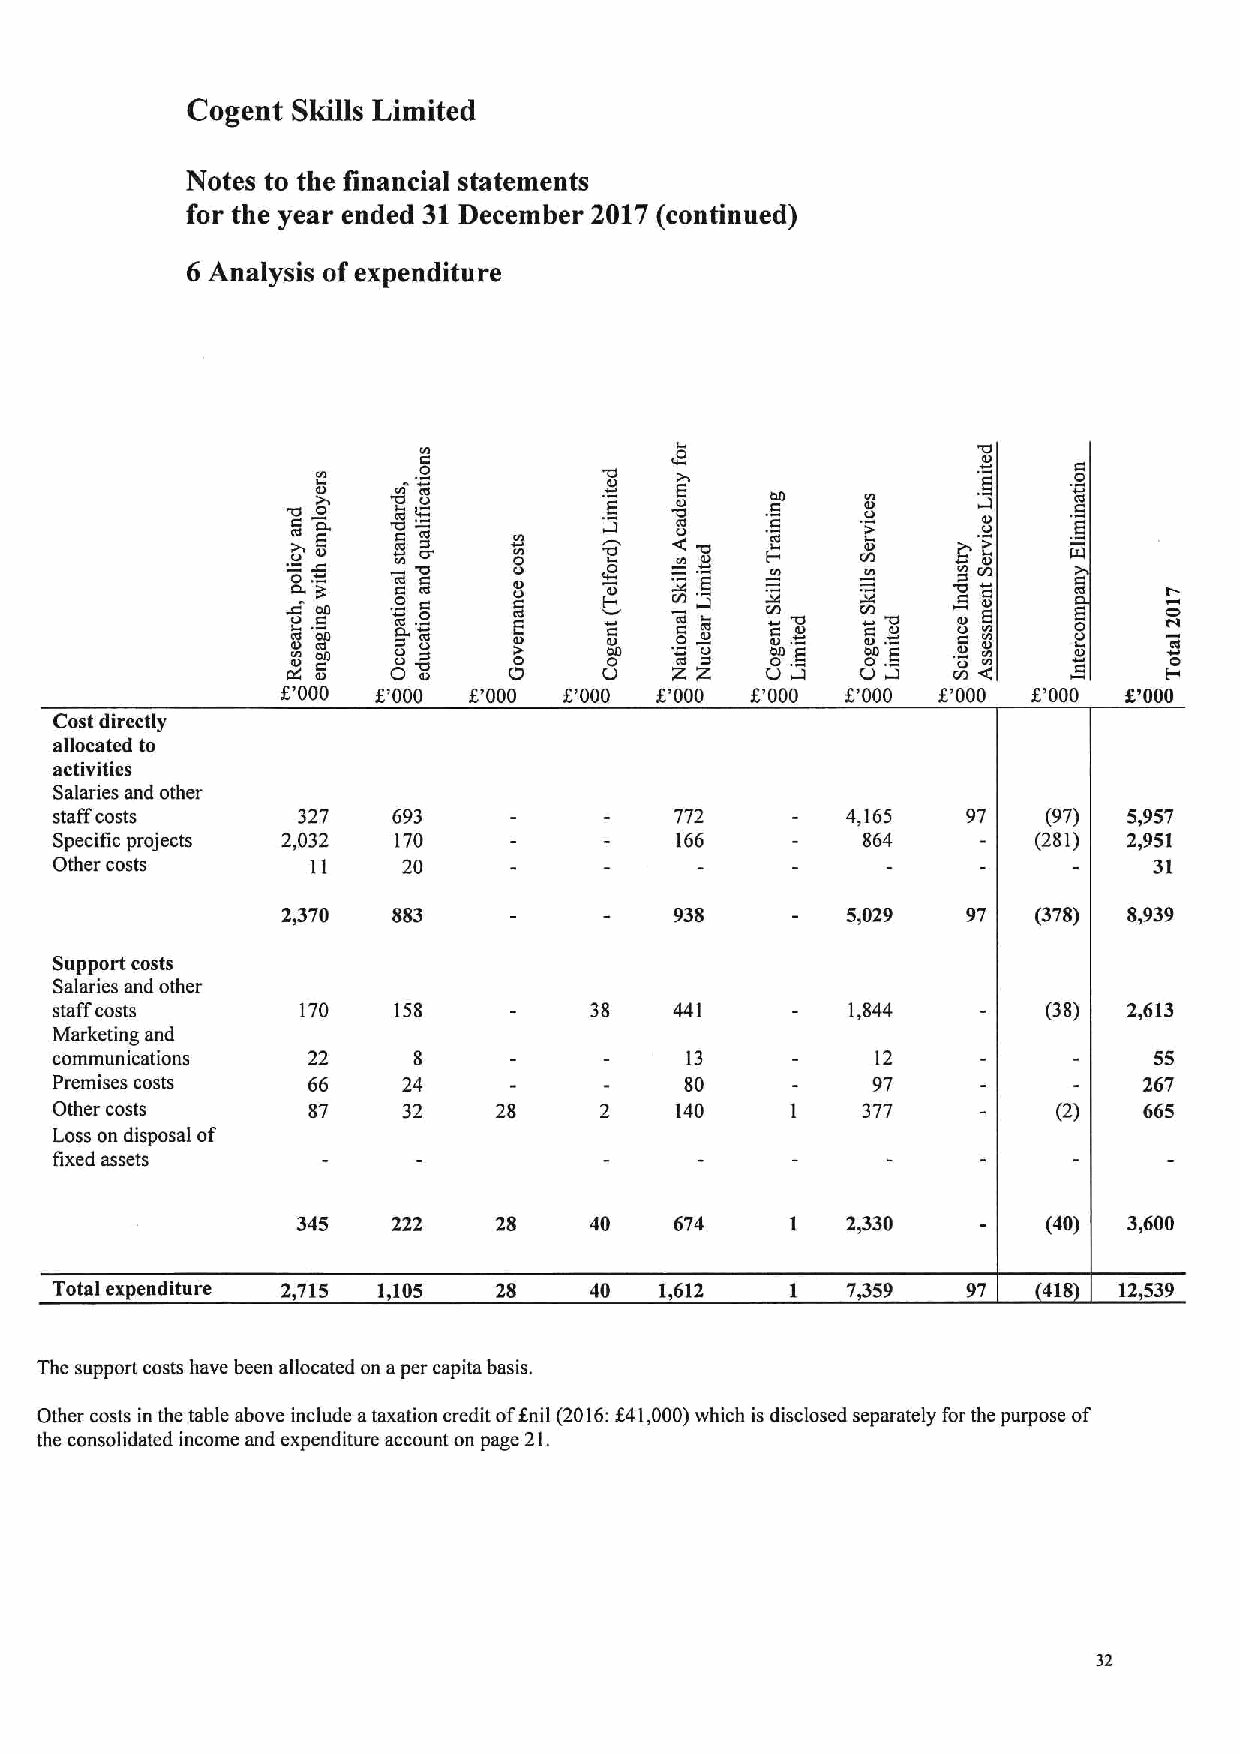
Cogent Skills Limited
 Notes to the financial statements
 for the year ended 31December 2017(continued)
 6 Analysis ofexpenditure
 O
 'O
 O
 Icd  E     00            g     I
 O                             C
 ~E                   e    g     g                   g
 COd                    M     4-      to
 O     ~O  3
 00   g O
 cd
 g C O
 E     C
 M ~g
 ci
 M
 C
 'O
 Id
 Z M 'O
 I0
 C o O E
 8
 g E
 O
 C rdI
 QO d Ol QO    Qd 0 Ol 0 cO d rl gO OC0d0 Ag
 O A   MO
 ZdC   .E
 c3
 E
 6'000 6'000 6'000 6'000 6'000  5'000 t'000 5'000 8'000 6'000
 Cost directly
 allocated to
 activities
 Salaries and other
 staff costs      327   693                772        4,165   97   (97)  5,957
 Specific projects 2,032 170              166         864         (281) 2,951
 Other costs       11    20                                               31
 2,370  883                938        5,029   97   (378) 8,939
 Support costs
 Salaries and other
 staff costs      170   158          38    441    -   1,844        (38)  2,613
 Marketing and
 communications   22     8                 13     -     12                55
 Premises costs   66     24                80     -     97                267
 Other costs      87     32    28     2    140    1    377          (2)   665
 Loss on disposal of
 fixed assets
 345   222    28    40    674    1   2,330        (40)  3,600
 Total expenditure 2,715 1,105 28    40   1,612   1   7459    97   418  12539
 The support costs have been allocated on aper capita basis.
 Other costs in the table above include ataxation credit ofanil (2016:541,000)which is disclosed separately for the purpose of
 the consolidated income and expenditure account on page 21.
 32